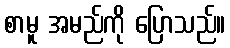
စာမူ အမည်ကို ပြောသည်။